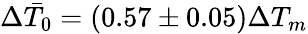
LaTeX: \Delta\bar{T}_{0}=(0.57\pm 0.05)\Delta T_{m}